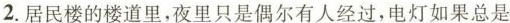
2.居民楼的楼道里，夜里只是偶尔有人经过，电灯如果总是